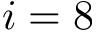
i = 8